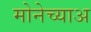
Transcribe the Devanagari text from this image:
मोनेच्याअ